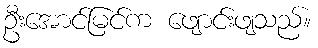
ဦးအောင်မြင်က ဖျောင်းဖျသည်။